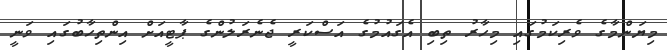
މިޔަންމާގެ ވެރިކަމުގައި މިހާރު ތިބި އެގައުމުގެ އަސްކަރީ ޖެނެރަލުންގެ ޕާޓީއަށް އިންތިހާބުގައި ވަނީ